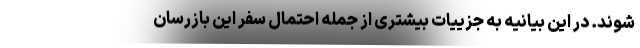
شوند. در این بیانیه به جزییات بیشتری از جمله احتمال سفر این بازرسان